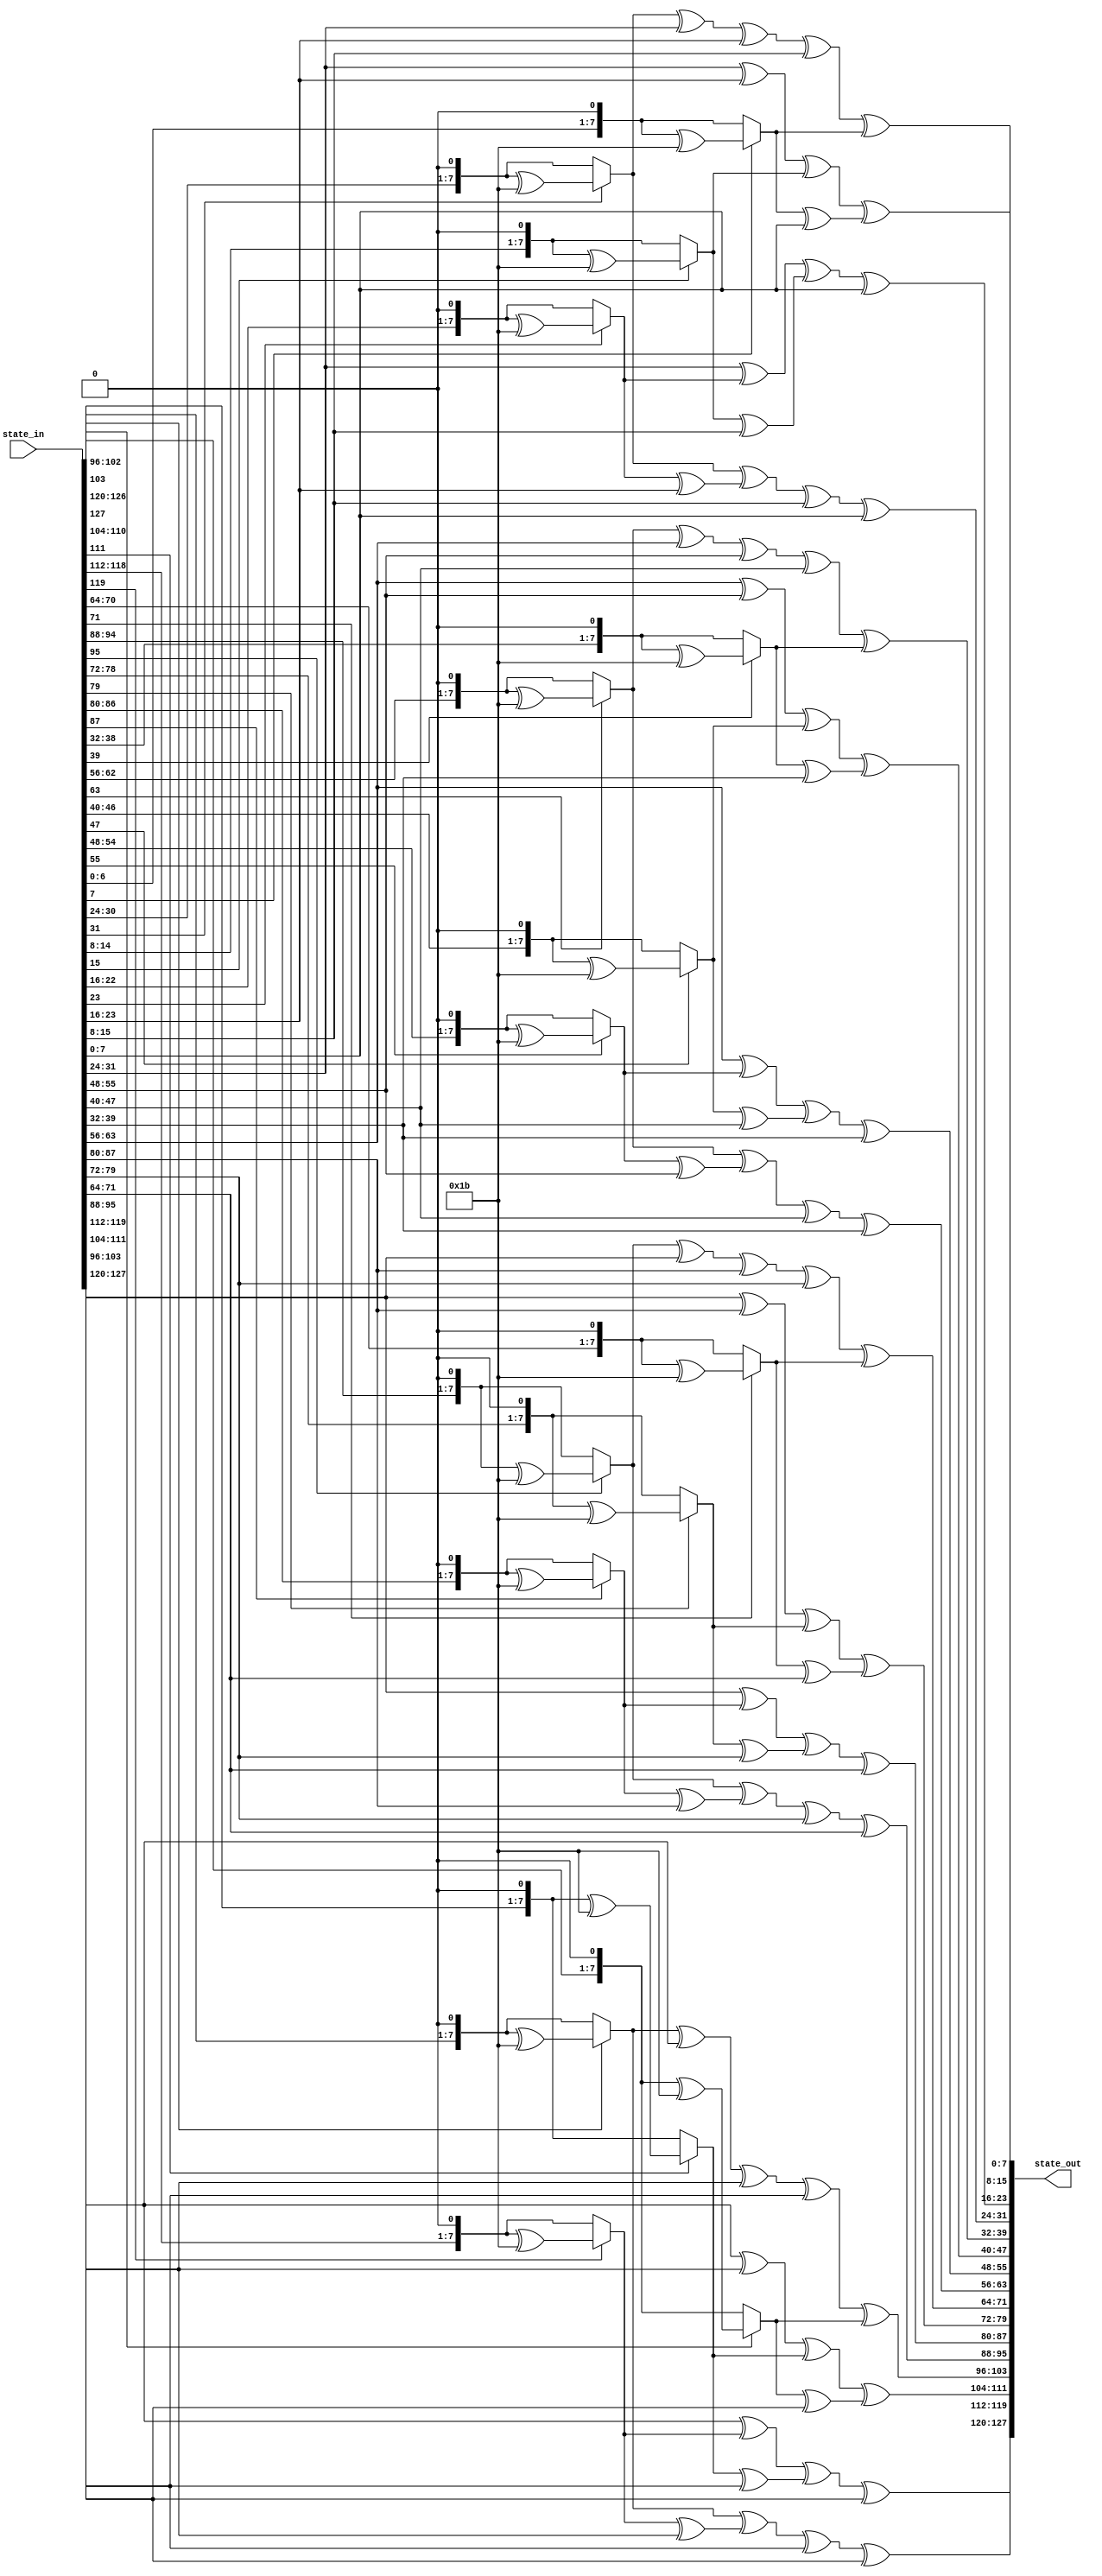
module mixColumns(state_in,state_out);

input [127:0] state_in;
output[127:0] state_out;


function [7:0] mb2; //multiply by 2
	input [7:0] x;
	begin 
			/* multiplication by 2 is shifting on bit to the left, and if the original 8 bits had a 1 @ MSB,
			xor the result with {1b}*/
			if(x[7] == 1) mb2 = ((x << 1) ^ 8'h1b);
			else mb2 = x << 1; 
	end 	
endfunction


/* 
	multiplication by 3 is done by:
		multiplication by {02} xor(the original x)
		so that 2+1=3. where xor is the addition of elements in finite fields
*/
function [7:0] mb3; //multiply by 3
	input [7:0] x;
	begin 
			
			mb3 = mb2(x) ^ x;
	end 
endfunction




genvar i;

generate 
for(i=0;i< 4;i=i+1) begin : m_col

	assign state_out[(i*32 + 24)+:8]= mb2(state_in[(i*32 + 24)+:8]) ^ mb3(state_in[(i*32 + 16)+:8]) ^ state_in[(i*32 + 8)+:8] ^ state_in[i*32+:8];
	assign state_out[(i*32 + 16)+:8]= state_in[(i*32 + 24)+:8] ^ mb2(state_in[(i*32 + 16)+:8]) ^ mb3(state_in[(i*32 + 8)+:8]) ^ state_in[i*32+:8];
	assign state_out[(i*32 + 8)+:8]= state_in[(i*32 + 24)+:8] ^ state_in[(i*32 + 16)+:8] ^ mb2(state_in[(i*32 + 8)+:8]) ^ mb3(state_in[i*32+:8]);
   assign state_out[i*32+:8]= mb3(state_in[(i*32 + 24)+:8]) ^ state_in[(i*32 + 16)+:8] ^ state_in[(i*32 + 8)+:8] ^ mb2(state_in[i*32+:8]);

end

endgenerate

endmodule